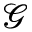
\mathcal { G }